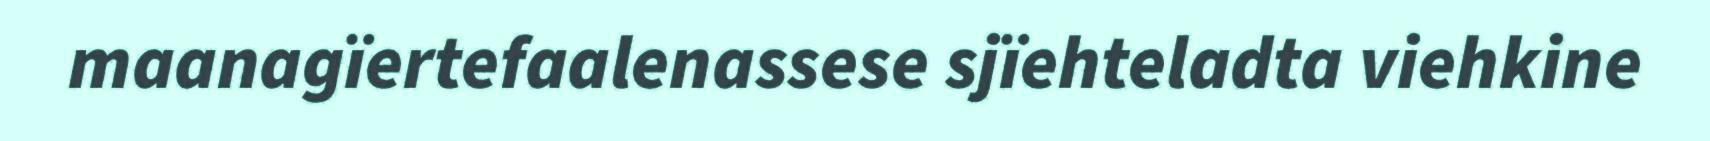
maanagïertefaalenassese sjïehteladta viehkine